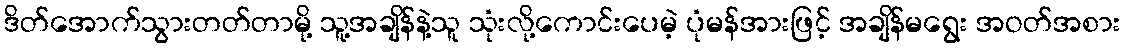
ဒိတ်အောက်သွားတတ်တာမို့ သူ့အချိန်နဲ့သူ သုံးလို့ကောင်းပေမဲ့ ပုံမန်အားဖြင့် အချိန်မရွေး အဝတ်အစား